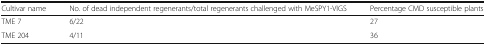
| Cultivar name | No. of dead independent regenerants/total regenerants challenged with MeSPY1-VIGS | Percentage CMD susceptible plants |
 | --- | --- | --- |
 | TME 7 | 6/22 | 27 |
 | TME 204 | 4/11 | 36 |